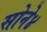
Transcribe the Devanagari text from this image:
सोने४